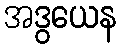
အဒွယေန